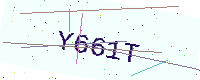
Text: Y661T